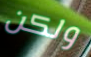
ولكن